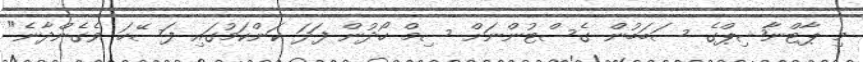
މި ޕާޓްނާޝިޕްގެ ސަބަބުން ގެސްޓުންނަށް ސިމް ހޯދުން ފަދަ ކަންކަމުގައި ފަސޭހަ ވެގެންދާނެ"